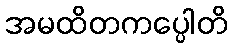
အမထိတကပ္ပေါတိ